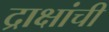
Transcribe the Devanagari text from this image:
द्राक्षांची